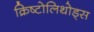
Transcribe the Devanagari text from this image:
क्रिष्टोलिथोड्स